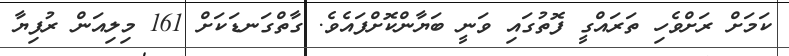
ކަމަށް ރަށްވެހި ތަރައްގީ ފޮތުގައި ވަނީ ބަޔާންކޮށްފައެވެ. ގާތްގަނޑަކަށް 161 މިލިއަން ރުފިޔާ